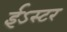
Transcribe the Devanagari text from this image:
ईऽस्टर